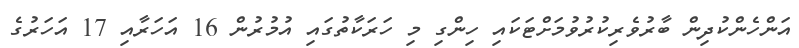
އަންހެންކުދިން ބާރުވެރިކުރުވުމަށްޓަކައި ހިންގި މި ހަރަކާތުގައި އުމުރުން 16 އަހަރާއި 17 އަހަރުގެ